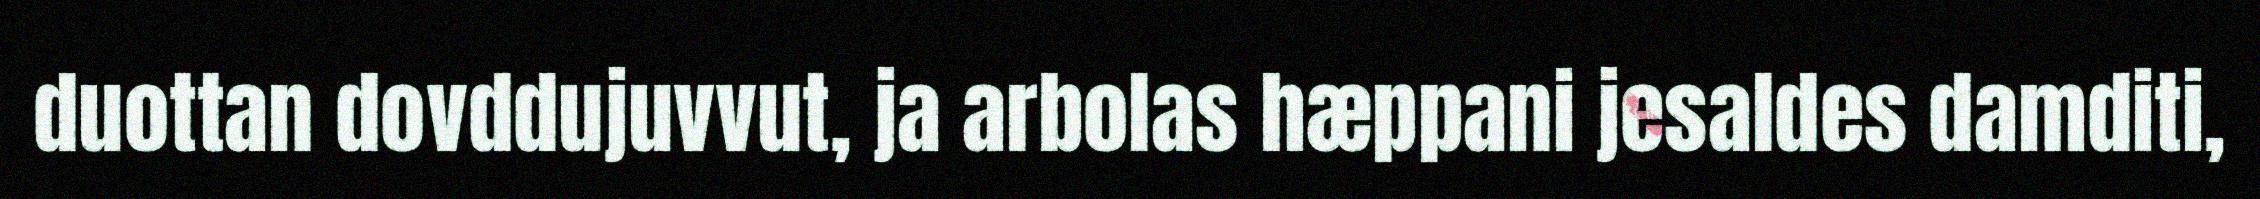
duottan dovddujuvvut, ja arbolas hæppani jesaldes damditi,